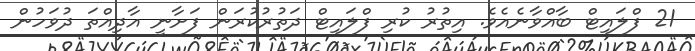
21 ފްލައިޓް ބާއްވާނެއެވެ. އިތުރު ކުރި ފްލައިޓް ދަތުރުކުރަން ފަށާނީ އާދިއްތަ ދުވަހުން